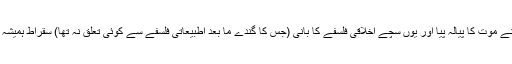
یہ کہتے ہوئے اس نے موت کا پیالہ پیا اور یوں سچے اخلاقی فلسفے کا بانی (جس کا گندے ما بعد اطبیعاتی فلسفے سے کوئی تعلق نہ تھا) سقراط ہمیشہ کے لیے امر ہو گیا۔